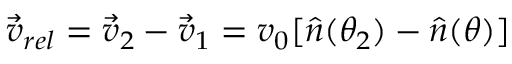
\vec { v } _ { r e l } = \vec { v } _ { 2 } - \vec { v } _ { 1 } = v _ { 0 } [ \hat { n } ( \theta _ { 2 } ) - \hat { n } ( \theta ) ]